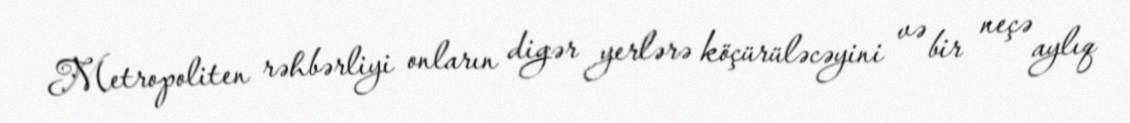
Metropoliten rəhbərliyi onların digər yerlərə köçürüləcəyini və bir neçə aylıq